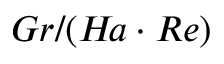
G r / ( H \! a \cdot R e )